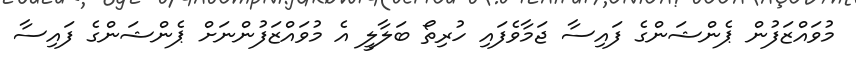
މުވައްޒަފުން ޕެންޝަންގެ ފައިސާ ޖަމާވެފައި ހުރިތޯ ބަލާލީ އެ މުވައްޒަފުންނަށް ޕެންޝަންގެ ފައިސާ